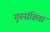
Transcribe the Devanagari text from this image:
गुरूसंहिता